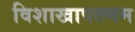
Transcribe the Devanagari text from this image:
विशाखापत्त्नम